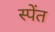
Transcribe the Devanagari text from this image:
स्पेंत